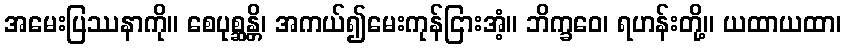
အမေးပြဿနာကို။ စေပုစ္ဆန္တိ၊ အကယ်၍မေးကုန်ငြားအံ့။ ဘိက္ခဝေ၊ ရဟန်းတို့။ ယထာယထာ၊